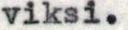
viksi.